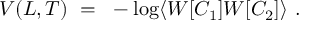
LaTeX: V ( L , T ) ~ = ~ - \log \langle W [ { \cal C } _ { 1 } ] W [ { \cal C } _ { 2 } ] \rangle ~ .